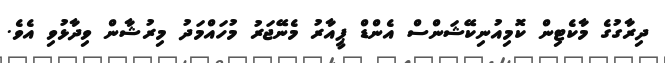
ދިރާގުގެ މާކެޓިން ކޮމިއުނިކޭޝަންސް އެންޑް ޕީއާރު މެނޭޖަރު މުހައްމަދު މިރުޝާން ވިދާޅުވި އެވެ.